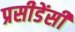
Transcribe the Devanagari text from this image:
प्रसीडेंसी